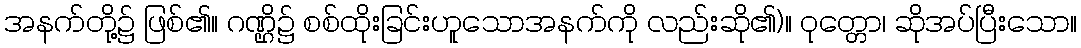
အနက်တို့၌ ဖြစ်၏။ ဂဏ္ဌိ၌ စစ်ထိုးခြင်းဟူသောအနက်ကို လည်းဆို၏)။ ဝုတ္တော၊ ဆိုအပ်ပြီးသော။